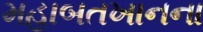
મહાબતખાનના